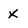
Character: X